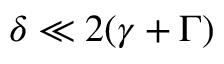
\delta \ll 2 ( \gamma + \Gamma )